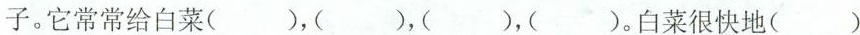
子。它常常给白菜( )，( )，( )，( )。白菜很快地( )